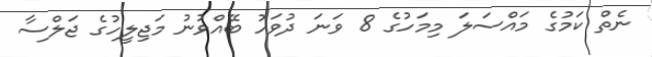
ނެތް ކަމުގެ މައްސަލަ މިމަހުގެ 8 ވަަނަ ދުވަހު ބޭއްވުނު މަޖިލީހުގެ ޖަލްސާ